Indian journal of veterinary science and animal husbandry - Volume 8,
Year: 1938
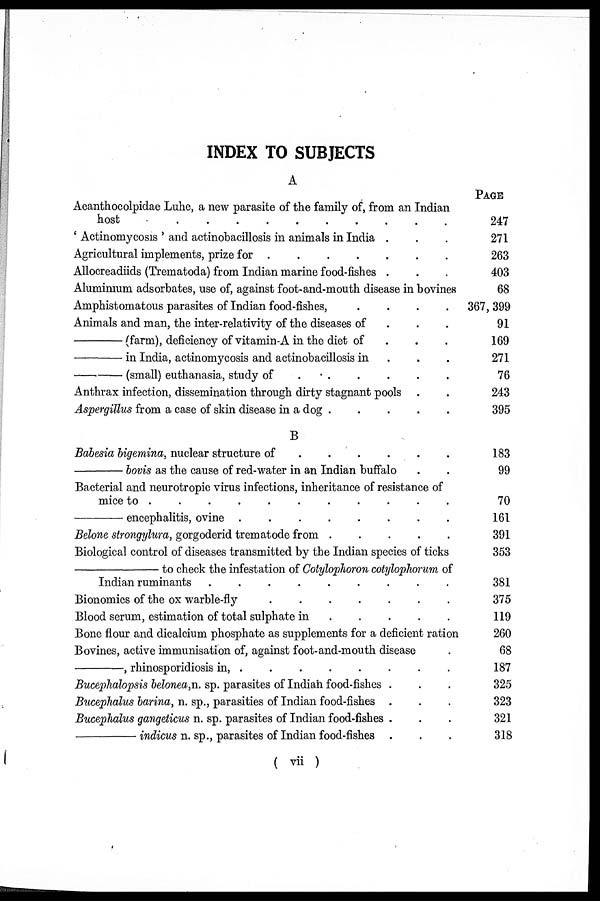
INDEX TO SUBJECTS
A
Acanthocolpidae Luhe, a new parasite of the family of, from an Indian
host
.
.
.
.
.
.
.
.
.
.
' Actinomycosis ' and actinobacillosis in animals in India . . .
Agricultural implements, prize for . . . . . . .
Allocreadiids (Trematoda) from Indian marine food-fishes . . .
Aluminium adsorbates, use of, against foot-and-mouth disease in bovines
Amphistomatous parasites of Indian food-fishes,
.
.
.
.
Animals and man, the inter-relativity of the diseases of . . .
—(farm),
deficiency of vitamin-A in the diet of . . .
—in
India, actinomycosis and actinobacillosis in . . .
—(small)
euthanasia, study of . . . . . . . . .
Anthrax infection, dissemination through dirty stagnant pools . .
Aspergillus from a case of skin disease in a dog
.
.
.
.
.
B
Babesia bigemina, nuclear structure of . . . . . .
—bovis
as the cause of red-water in an Indian buffalo . .
Bacterial and neurotropic virus infections, inheritance of resistance of
mice to .
.
.
.
.
.
.
.
.
.
.
—encephalitis,
ovine . . . . . . . . . .
Belone strongylura, gorgoderid trematode from . . . . . .
Biological control of diseases transmitted by the Indian species of ticks
—to
check the infestation of Cotylophoron cotylophorum of
Indian ruminants .
.
.
.
.
.
.
.
.
Bionomics of the ox warble-fly
.
.
.
.
.
.
.
Blood serum, estimation of total sulphate in . . . . . . .
Bone flour and dicalcium phosphate as supplements for a deficient ration
Bovines, active immunisation of, against foot-and-mouth disease .
—,
rhinosporidiosis in, .
.
.
.
.
.
.
Bucephalopsis belonea.n. sp. parasites of Indian food-fishes . . .
Bucephalus barina, n. sp., parasities of Indian food-fishes . . .
Bucephalus gangeticus n. sp. parasites of Indian food-fishes . . .
—indicus
n. sp., parasites of Indian food-fishes . . .
PAGE
247
271
263
403
68
367,399
91
169
271
76
243
395
183
99
70
161
391
353
381
375
119
260
68
187
325
323
321
318
( vii )